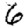
Digit: 6